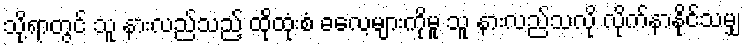
သို့ရာတွင် သူ နားလည်သည့် ထိုထုံးစံ ဓလေ့များကိုမူ သူ နားလည်သလို လိုက်နာနိုင်သမျှ